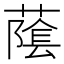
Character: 䕃